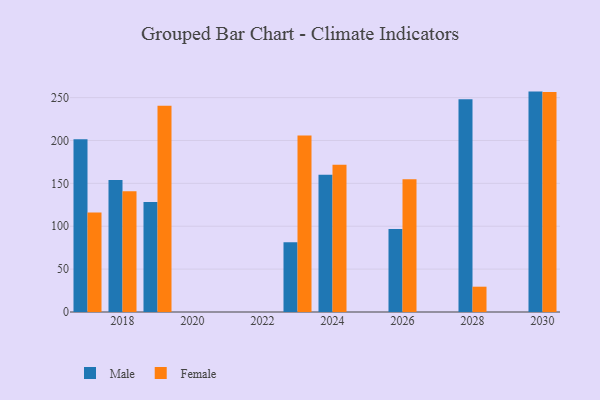
{"axis": {"x": "Year", "y": "Backlog"}, "legend": ["Female", "Male"], "data": [{"x": "2030", "y": 257.0, "type": "Male"}, {"x": "2030", "y": 256.4, "type": "Female"}, {"x": "2028", "y": 248.2, "type": "Male"}, {"x": "2028", "y": 29.5, "type": "Female"}, {"x": "2024", "y": 160.1, "type": "Male"}, {"x": "2024", "y": 171.8, "type": "Female"}, {"x": "2019", "y": 128.4, "type": "Male"}, {"x": "2019", "y": 240.4, "type": "Female"}, {"x": "2018", "y": 154.0, "type": "Male"}, {"x": "2018", "y": 140.7, "type": "Female"}, {"x": "2026", "y": 96.9, "type": "Male"}, {"x": "2026", "y": 154.8, "type": "Female"}, {"x": "2017", "y": 201.5, "type": "Male"}, {"x": "2017", "y": 115.9, "type": "Female"}, {"x": "2023", "y": 81.4, "type": "Male"}, {"x": "2023", "y": 205.8, "type": "Female"}]}